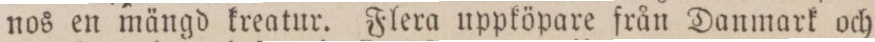
nos en mängd kreatur. Flera uppköpare från Danmark och